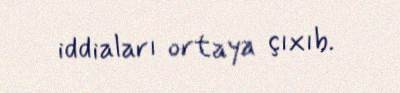
iddiaları ortaya çıxıb.